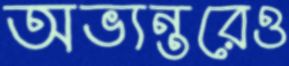
অভ্যন্তরেও